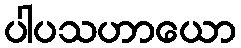
ပါပသဟာယော